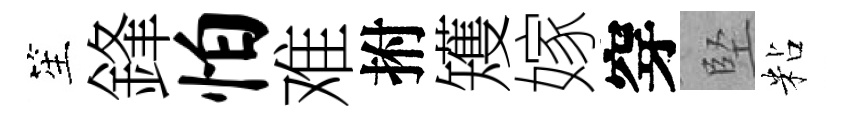
笙鋒怕难拊矱嫁穿堅粘